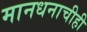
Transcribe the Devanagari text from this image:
मानधनाचीही